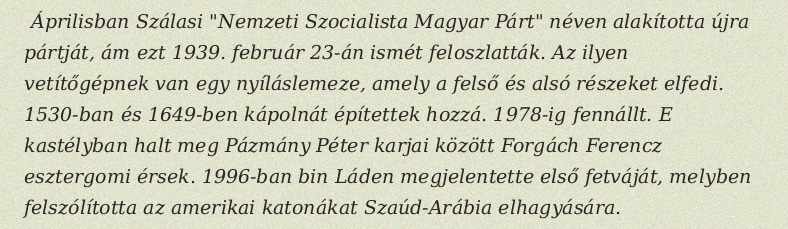
Áprilisban Szálasi "Nemzeti Szocialista Magyar Párt" néven alakította újra pártját, ám ezt 1939. február 23-án ismét feloszlatták. Az ilyen vetítőgépnek van egy nyíláslemeze, amely a felső és alsó részeket elfedi. 1530-ban és 1649-ben kápolnát építettek hozzá. 1978-ig fennállt. E kastélyban halt meg Pázmány Péter karjai között Forgách Ferencz esztergomi érsek. 1996-ban bin Láden megjelentette első fetváját, melyben felszólította az amerikai katonákat Szaúd-Arábia elhagyására.